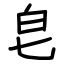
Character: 皂